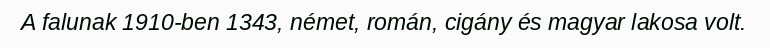
A falunak 1910-ben 1343, német, román, cigány és magyar lakosa volt.